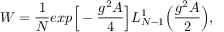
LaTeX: { \cal W } = \frac { 1 } { N } e x p \Big [ - \frac { g ^ { 2 } \cal A } { 4 } \Big ] L _ { N - 1 } ^ { 1 } \Bigl ( \frac { g ^ { 2 } { \cal A } } { 2 } \Bigr ) ,